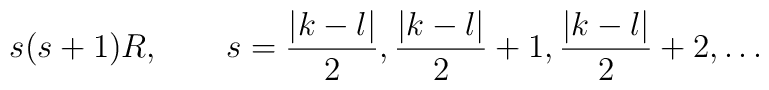
s(s+1)R,\qquad s=\frac{|k-l|}2,\frac{|k-l|}2+1,\frac{|k-l|}2+2,\ldots